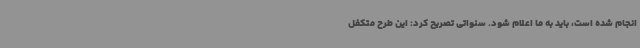
انجام شده است، باید به ما اعلام شود. سنواتی تصریح کرد: این طرح متکفل